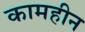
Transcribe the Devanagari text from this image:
कामहीन